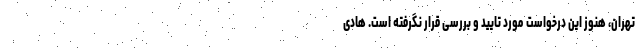
تهران، هنوز این درخواست مورد تایید و بررسی قرار نگرفته است. هادی